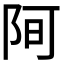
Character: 𮥀